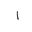
Letter: _alif